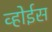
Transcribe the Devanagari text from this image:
व्होईस